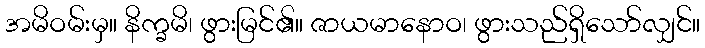
အမိဝမ်းမှ။ နိက္ခမိ၊ ဖွားမြင်၏။ ဇာယမာနောဝ၊ ဖွားသည်ရှိသော်လျှင်။